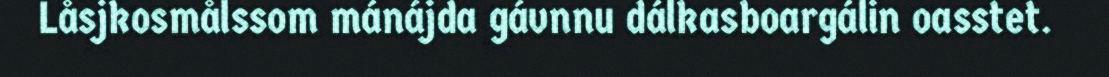
Låsjkosmålssom mánájda gávnnu dálkasboargálin oasstet.